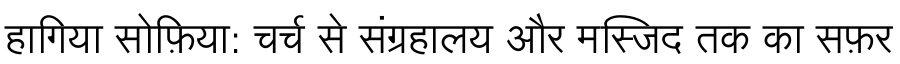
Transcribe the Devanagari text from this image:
हागिया सोफ़िया: चर्च से संग्रहालय और मस्जिद तक का सफ़र